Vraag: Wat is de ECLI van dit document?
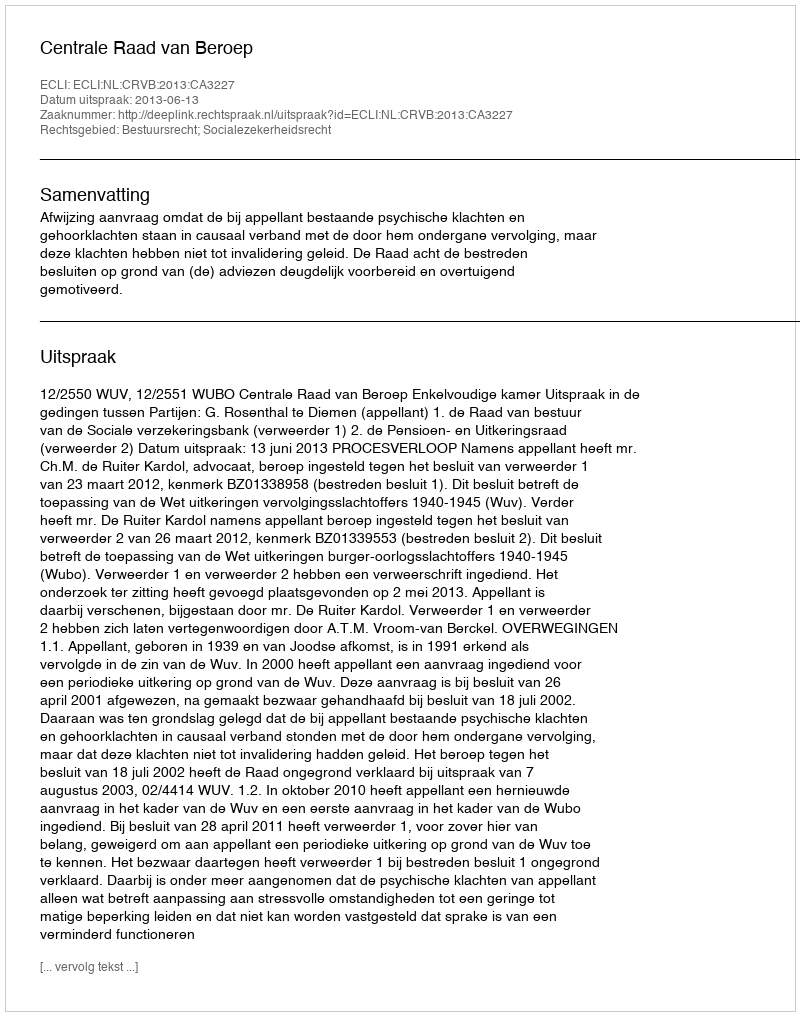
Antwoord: ECLI:NL:CRVB:2013:CA3227